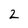
Character: 2